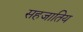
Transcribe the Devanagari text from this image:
सहजातिय